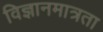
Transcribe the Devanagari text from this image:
विज्ञानमात्रता